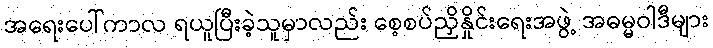
အရေးပေါ်ကာလ ရယူပြီးခဲ့သူမှာလည်း စေ့စပ်ညှိနှိုင်းရေးအဖွဲ့ အဓမ္မဝါဒီများ